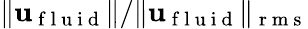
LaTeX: \| \mathbf{u}_{\mathrm{~f~l~u~i~d~}}\| /\| \mathbf{u}_{\mathrm{~f~l~u~i~d~}}\| _{\mathrm{~r~m~s~}}